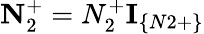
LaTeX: \textbf{N}_{2}^{+}=N_{2}^{+}\textbf{I}_{\{ N2+\} }